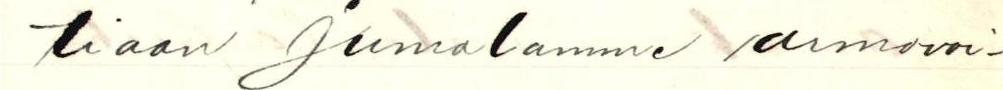
tiaan Jumalamme armovoi-